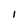
Character: I